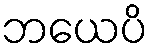
ဘယေပိ